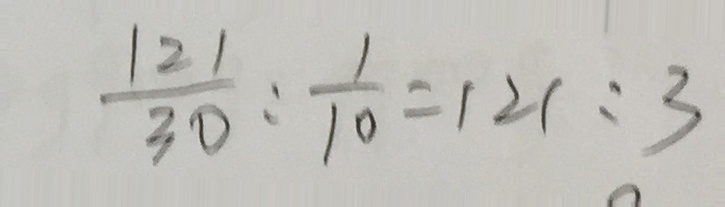
\frac { 1 2 1 } { 3 0 } : \frac { 1 } { 1 0 } = 1 2 1 : 3